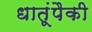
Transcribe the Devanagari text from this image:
धातूंपैकी